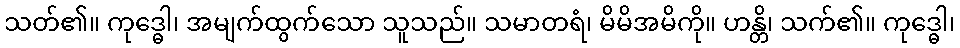
သတ်၏။ ကုဒ္ဓေါ၊ အမျက်ထွက်သော သူသည်။ သမာတရံ၊ မိမိအမိကို။ ဟန္တိ၊ သက်၏။ ကုဒ္ဓေါ၊